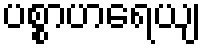
ပစ္စာဟရေယျ